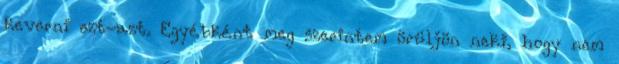
keverni ezt-azt. Egyébként meg szerintem örüljön neki, hogy nem